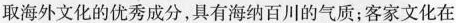
吸取海外文化的优秀成分，具有海纳百川的气质；客家文